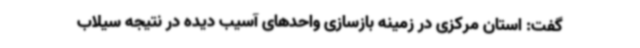
گفت: استان مرکزی در زمینه بازسازی واحدهای آسیب دیده در نتیجه سیلاب